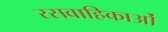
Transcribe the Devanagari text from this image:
रसवाहिकाओं